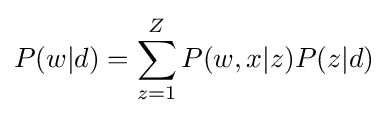
\displaystyle P(w|d)=\sum _{z=1}^{Z}P(w,x|z)P(z|d)